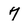
Character: 7